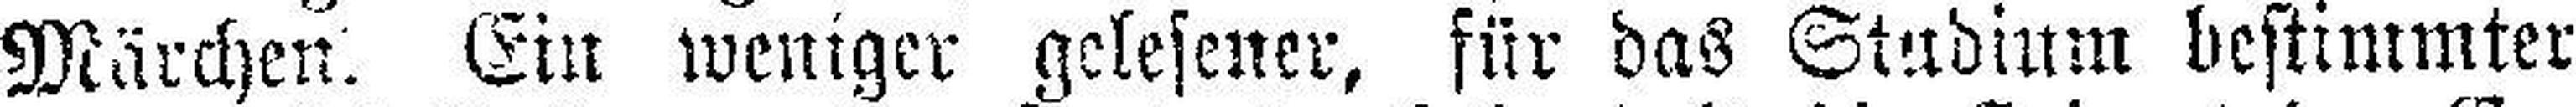
Märchen. Ein weniger gelesener, für das Studium bestimmter